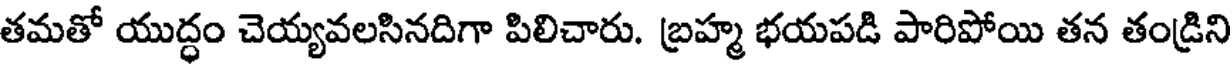
తమతో యుద్ధం చెయ్యవలసినదిగా పిలిచారు. బ్రహ్మ భయపడి పారిపోయి తన తండ్రిని